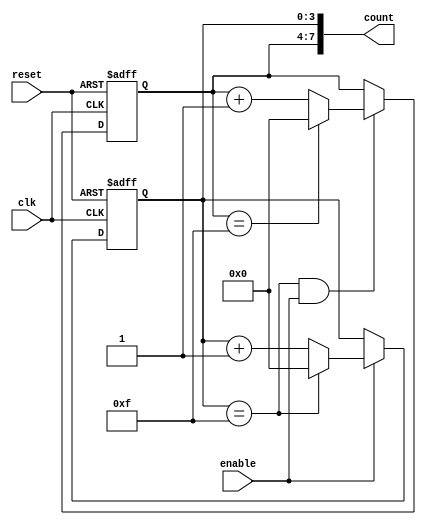
module cascaded_counter (
    input wire clk,          // Clock signal
    input wire reset,        // Reset signal
    input wire enable,       // Enable signal
    output wire [7:0] count  // 8-bit output count
);

// Internal signals for carry
wire carry;

// 4-bit counter for the least significant stage
reg [3:0] lsb_counter;
always @(posedge clk or posedge reset) begin
    if (reset) begin
        lsb_counter <= 4'b0000; // Reset LSB counter
    end else if (enable) begin
        if (lsb_counter == 4'b1111) begin
            lsb_counter <= 4'b0000; // Reset LSB counter on overflow
        end else begin
            lsb_counter <= lsb_counter + 1; // Increment LSB counter
        end
    end
end

// Carry signal generation
assign carry = (lsb_counter == 4'b1111) && enable;

// 4-bit counter for the most significant stage
reg [3:0] msb_counter;
always @(posedge clk or posedge reset) begin
    if (reset) begin
        msb_counter <= 4'b0000; // Reset MSB counter
    end else if (carry) begin
        if (msb_counter == 4'b1111) begin
            msb_counter <= 4'b0000; // Reset MSB counter on overflow
        end else begin
            msb_counter <= msb_counter + 1; // Increment MSB counter
        end
    end
end

// Combine both counters for the final output
assign count = {msb_counter, lsb_counter};

endmodule